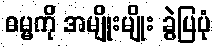
ဓမ္မကို အမျိုးမျိုး ခွဲပြပုံ